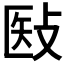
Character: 𰕉